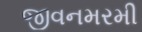
જીવનમરમી